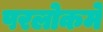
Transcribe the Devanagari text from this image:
परलोकमे